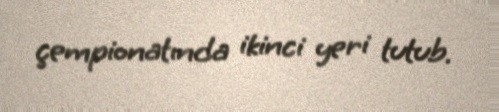
çempionatında ikinci yeri tutub.